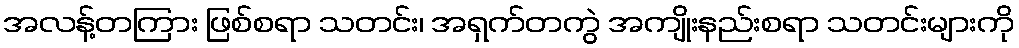
အလန့်တကြား ဖြစ်စရာ သတင်း၊ အရှက်တကွဲ အကျိုးနည်းစရာ သတင်းများကို